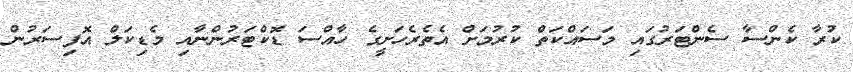
ކުރާ ކެންސާ ސެންޓަރުގައި މަސައްކަތް ކުރުމަށް އެތެރެހަށީގެ ހާއްސަ ޑޮކްޓަރުންނާއި މެޑިކަލް އޮފިސަރުން